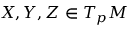
X , Y , Z \in T _ { p } M